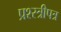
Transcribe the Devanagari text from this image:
प्रश्स्त्रीपत्र